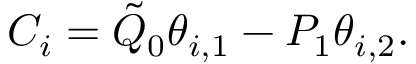
\begin{array} { r } { C _ { i } = \tilde { Q } _ { 0 } \theta _ { i , 1 } - P _ { 1 } \theta _ { i , 2 } . } \end{array}